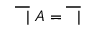
{ \overline { { \ \ | } } } \ A = { \overline { { \ \ | } } }